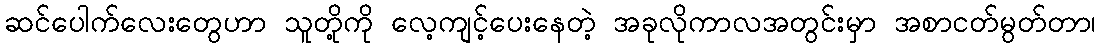
ဆင်ပေါက်လေးတွေဟာ သူတို့ကို လေ့ကျင့်ပေးနေတဲ့ အခုလိုကာလအတွင်းမှာ အစာငတ်မွတ်တာ၊